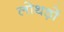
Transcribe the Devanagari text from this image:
लोथड़ों